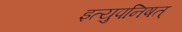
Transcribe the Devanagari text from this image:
इत्युपनिषत्‌